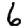
Digit: 6